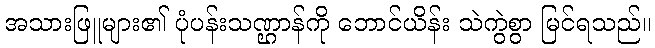
အသားဖြူများ၏ ပုံပန်းသဏ္ဌာန်ကို ဘောင်ယိန်း သဲကွဲစွာ မြင်ရသည်။